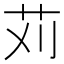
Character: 苅